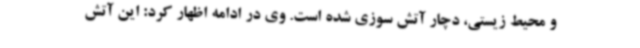
و محیط زیستی، دچار آتش سوزی شده است. وی در ادامه اظهار کرد: این آتش